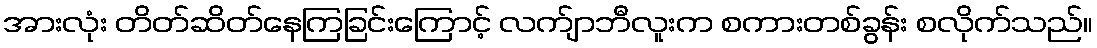
အားလုံး တိတ်ဆိတ်နေကြခြင်းကြောင့် လက်ျာဘီလူးက စကားတစ်ခွန်း စလိုက်သည်။